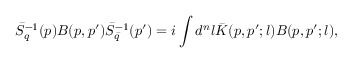
\bar { S } _ { q } ^ { - 1 } ( p ) B ( p , p ^ { \prime } ) \bar { S } _ { \bar { q } } ^ { - 1 } ( p ^ { \prime } ) = i \int d ^ { n } l \bar { K } ( p , p ^ { \prime } ; l ) B ( p , p ^ { \prime } ; l ) ,